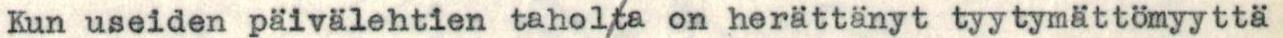
Kun useiden päivälehtien taholta on herättänyt tyytymättömyyttä